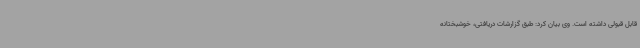
قابل قبولی داشته است. وی بیان کرد: طبق گزارشات دریافتی، خوشبختانه